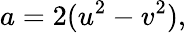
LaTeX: a=2(u^{2}-v^{2}),